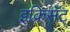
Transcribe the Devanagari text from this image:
इक्रिसॅट